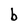
Character: b